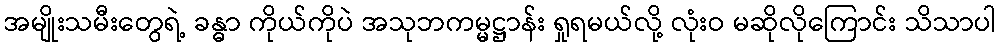
အမျိုးသမီးတွေရဲ့ ခန္ဓာ ကိုယ်ကိုပဲ အသုဘကမ္မဋ္ဌာန်း ရှုရမယ်လို့ လုံးဝ မဆိုလိုကြောင်း သိသာပါ